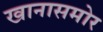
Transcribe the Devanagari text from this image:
खानासमोर